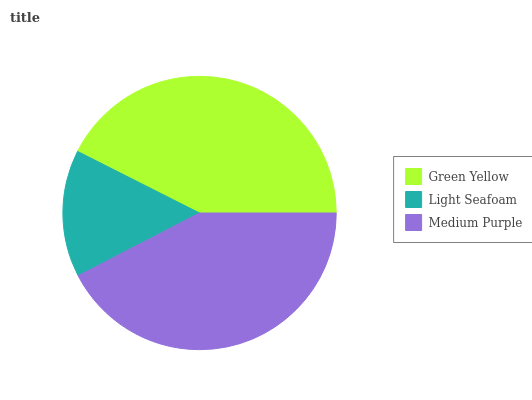
| Green Yellow | Light Seafoam | Medium Purple |
 | --- | --- | --- |
 | 42.5% | 15.1% | 42.4% |